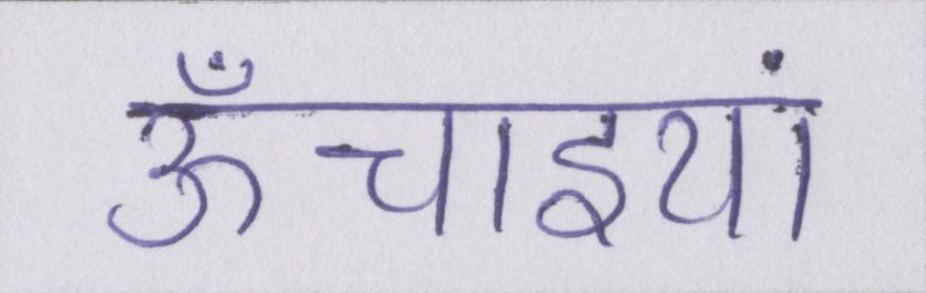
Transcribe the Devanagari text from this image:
ऊँचाइयां